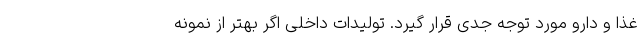
غذا و دارو مورد توجه جدی قرار گیرد. تولیدات داخلی اگر بهتر از نمونه